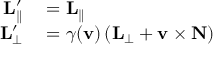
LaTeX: \begin{array} { r l } { \mathbf { L } _ { \parallel } ^ { \prime } } & { { } = \mathbf { L } _ { \parallel } } \\ { \mathbf { L } _ { \perp } ^ { \prime } } & { { } = \gamma ( \mathbf { v } ) \left( \mathbf { L } _ { \perp } + \mathbf { v } \times \mathbf { N } \right) } \end{array}